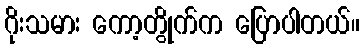
ဂိုးသမား ကော့တွိုက်က ပြောပါတယ်။